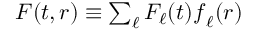
\begin{array} { r } { \boldsymbol { F } ( t , \boldsymbol { r } ) \equiv \sum _ { \ell } F _ { \ell } ( t ) \boldsymbol { f } _ { \ell } ( \boldsymbol { r } ) } \end{array}